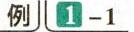
例1-1